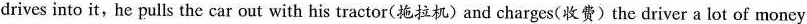
drives into it, he pulls the car out with his tractor(拖拉机) and charges(收费)the driver a lot of moncy